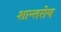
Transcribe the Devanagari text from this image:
शान्तरोष